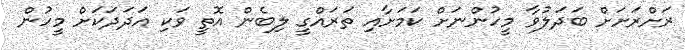
ރަށްރަށަށް ބަދަލުވާ މީހުންނަށް ކަމަށާއި ތަރައްގީ ލިބެން އޮތީ ވަކި އަދަދަކަށް މީހުން